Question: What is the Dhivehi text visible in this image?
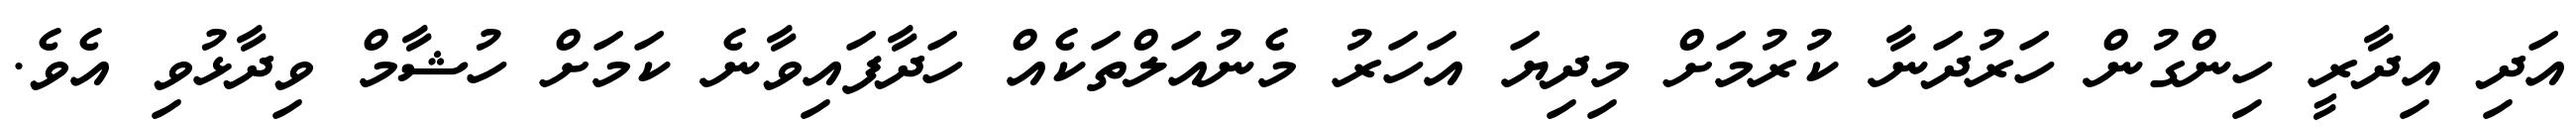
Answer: އަދި އިދާރީ ހިންގުން ހަރުދަނާ ކުރުމަށް މިދިޔަ އަހަރު މެނުއަލްތަކެއް ހަދާފައިވާނެ ކަމަށް ހުޝާމް ވިދާޅުވި އެވެ.